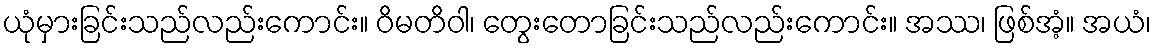
ယုံမှားခြင်းသည်လည်းကောင်း။ ဝိမတိဝါ၊ တွေးတောခြင်းသည်လည်းကောင်း။ အဿ၊ ဖြစ်အံ့။ အယံ၊